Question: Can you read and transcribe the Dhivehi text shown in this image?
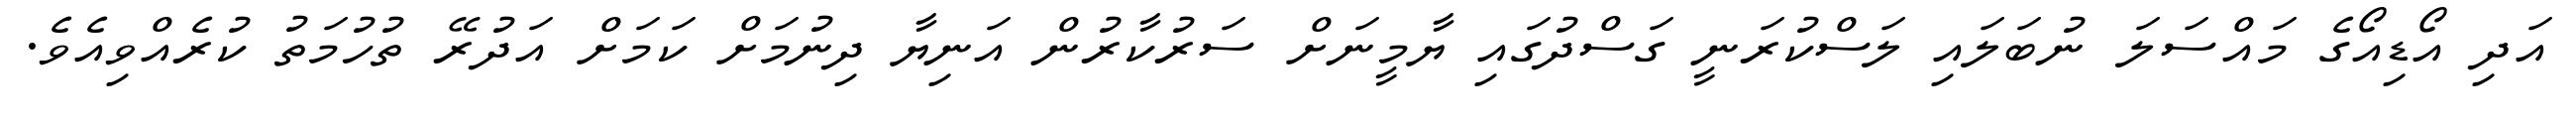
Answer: އަދި އޯޑިއޯގެ މައްސަލަ ނުބަލައި ލަސްކުރަނީ ގަސްދުގައި ޔާމީނަށް ސަރުކާރުން އަނިޔާ ދިނުމަށް ކަމަށް އަދުރޭ ތުހުމަތު ކުރެއްވިއެވެ.